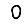
Digit: 0